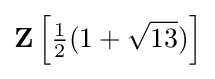
\mathbf {Z} \left[{\tfrac {1}{2}}(1+{\sqrt {13}})\right]